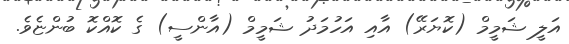
އަލީ ޝަމީމް (ކޮޔަރޭ) އާއި އަހުމަދު ޝަމީމް (އާންސީ) ގެ ކޮއްކޮ ބުންޏެވެ.